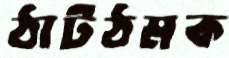
ঠাটঠমক